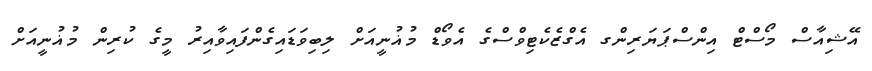
އޭޝިއާސް މޯސްޓް އިންސްޕަޔަރިންގ އެގްޒެކެޓިވްސްގެ އެވޯޑް މުޣުނީއަށް ލިބިވަޑައިގެންފައިވާއިރު މީގެ ކުރިން މުޣުނީއަށް